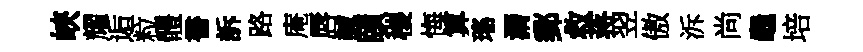
峽耀逅粒體書訴路庵唇誠頤稷悔算瑤漘郵救蒋翌傲泝尚龜培